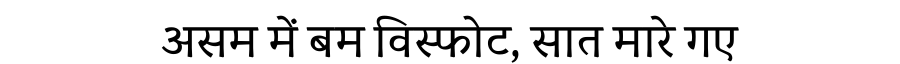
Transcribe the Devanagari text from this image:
असम में बम विस्फोट, सात मारे गए